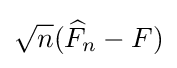
{\sqrt {n}}({\widehat {F}}_{n}-F)